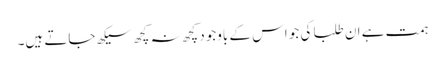
ہمت ہے ان طلبا کی جو اس کے باوجود کچھ نہ کچھ سیکھ جاتے ہیں۔